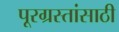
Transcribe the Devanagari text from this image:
पूरग्रस्तांसाठी